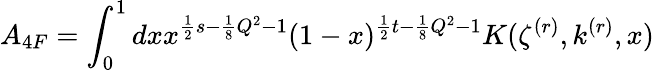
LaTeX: A_{4F}=\int_{0}^{1}dxx^{\frac{1}{2}s-\frac{1}{8}Q^{2}-1}(1-x)^{\frac{1}{2}t-\frac{1}{8}Q^{2}-1}K(\zeta^{(r)},k^{(r)},x)